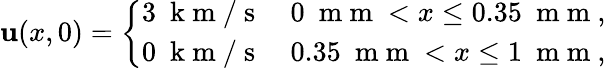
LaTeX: \mathbf{u}(x,0)=\left\{ \begin{array}{ll}{3~\mathrm{~k~m~}/\mathrm{~s~}}&{0~\mathrm{~m~m~}<x\leq 0.35~\mathrm{~m~m~},}\\ {0~\mathrm{~k~m~}/\mathrm{~s~}}&{0.35~\mathrm{~m~m~}<x\leq 1~\mathrm{~m~m~},}\end{array}\right.